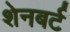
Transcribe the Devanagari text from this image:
शेनबर्ट